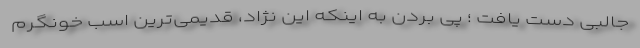
جالبی دست یافت ؛ پی بردن به اینکه این نژاد، قدیمی‌ترین اسب خونگرم